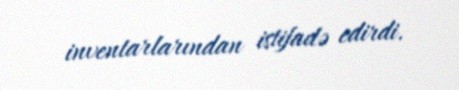
inventarlarından istifadə edirdi.